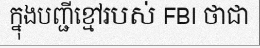
ក្នុងបញ្ជីខ្មៅរបស់ FBI ថាជា